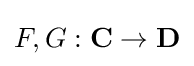
F,G:\mathbf {C} \to \mathbf {D}